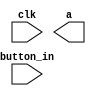
module  button
    (
input   clk, button_in,
output a
  );
    
     reg DB_out;
  reg [3:0] counter  ;
      reg [3:0] counter_reg;
    
    parameter N = 11 ;      
  
    reg  [N-1 : 0]  delaycount_reg={ N{1'b0} };                     
    reg  [N-1 : 0]  delaycount_next;
      
    reg DFF1=1'b0;
    reg DFF2=1'b0;                                 
    wire q_add;                                     
    wire q_reset;
  
 
 reg  delay_reg=1'b0 ;
 wire level_out;
  
        always @ ( posedge clk )
//        begin
//            if(n_reset ==  1) 
//                begin
//                    DFF1 <= 1'b0;
//                    DFF2 <= 1'b0;
//                    delay_reg  <=  1'b0;
//                    delaycount_reg <= { N {1'b0} };
//                end
         //   else
                begin
                    DFF1 <= button_in;
                    DFF2 <= DFF1;
                    delaycount_reg <= delaycount_next;
                         
                     
                     
                    delay_reg  <=  DB_out;
               // end
        end
      
      
    assign q_reset = (DFF1  ^ DFF2); 
                                       
    assign  q_add = ~(delaycount_reg[N-1]);     
      
  
    always @ ( q_reset, q_add, delaycount_reg)
        begin
            case( {q_reset , q_add})
                2'b00 :
                        delaycount_next <= delaycount_reg;
                2'b01 :
                        delaycount_next <= delaycount_reg + 1;
                default :
               
                        delaycount_next <= { N {1'b0} };
            endcase   
        end
      
      
    always @ ( posedge clk )
        begin
            if(delaycount_reg[N-1] == 1'b1)
                    DB_out <= DFF2;
            else
                    DB_out <= DB_out;
        end
          
     
    assign  level_out = DB_out;     
    
     
 
          
endmodule